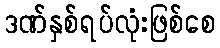
ဒဏ်နှစ်ရပ်လုံးဖြစ်စေ